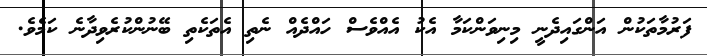
ފަރުމާތަކުން އަންގައިދެނީ މިނިވަންކަމާ އެކު އެއްވެސް ހައްދެއް ނެތި އެތަކެތި ބޭނުންކުރެވިދާނެ ކަމެވެ.